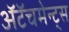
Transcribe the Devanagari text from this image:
अॅटॅचमेन्ट्‌स